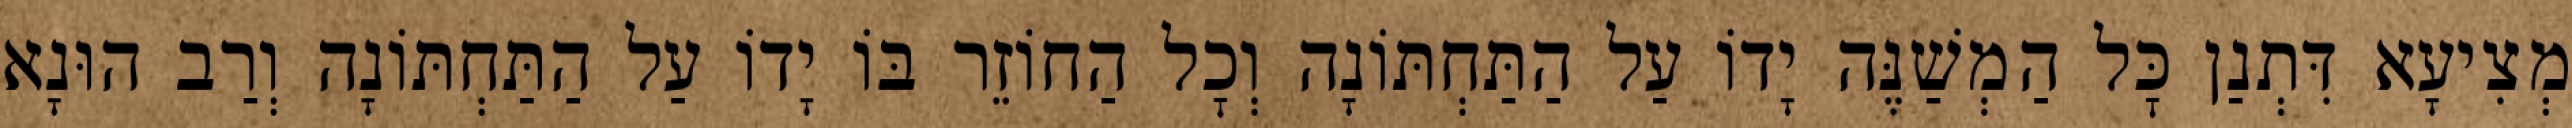
מְצִיעָא דִּתְנַן כׇּל הַמְשַׁנֶּה יָדוֹ עַל הַתַּחְתּוֹנָה וְכׇל הַחוֹזֵר בּוֹ יָדוֹ עַל הַתַּחְתּוֹנָה וְרַב הוּנָא